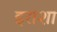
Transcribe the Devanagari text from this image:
इराशा